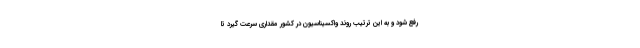
رفع شود و به این ترتیب روند واکسیناسیون در کشور مقداری سرعت گیرد تا